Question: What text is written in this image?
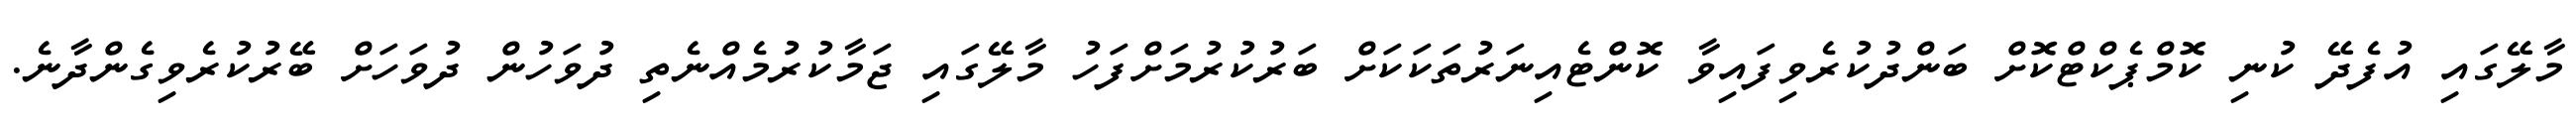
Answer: މާލޭގައި އުފެދޭ ކުނި ކޮމްޕެކްޓްކޮށް ބަންދުކުރެވިފައިވާ ކޮންޓެއިނަރުތަކަކަށް ބަރުކުރުމަށްފަހު މާލޭގައި ޖަމާކުރުމެއްނެތި ދުވަހުން ދުވަހަށް ބޭރުކުރެވިގެންދާނެ.